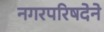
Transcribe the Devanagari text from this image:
नगरपरिषदेने